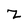
Character: z